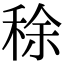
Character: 稌